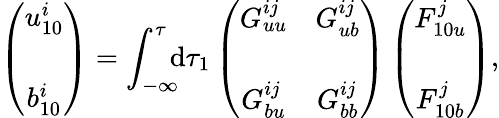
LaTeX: \left({\begin{array}{c}{u_{10}^{i}}\\ {b_{10}^{i}\rule{0ex}{5ex}}\end{array}}\right)=\int_{-\infty}^{\tau}\! \! \! \mathrm{d}\tau_{1}\left({\begin{array}{cc}{G_{uu}^{ij}}&{G_{ub}^{ij}}\\ {G_{bu}^{ij}}&{G_{bb}^{ij}\rule{0ex}{5ex}}\end{array}}\right)\left({\begin{array}{c}{F_{10u}^{j}}\\ {F_{10b}^{j}\rule{0ex}{5ex}}\end{array}}\right),